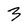
Character: 3